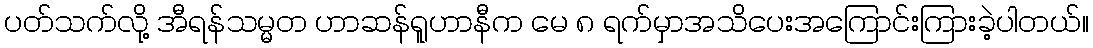
ပတ်သက်လို့ အီရန်သမ္မတ ဟာဆန်ရူဟာနီက မေ ၈ ရက်မှာအသိပေးအကြောင်းကြားခဲ့ပါတယ်။